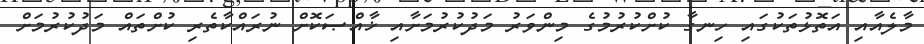
މާލެއާއި އަތޮޅުތަކުގައި ހިނގާ ކުށްކުރުމުގެ މިންވަރު މަދުކުރުމަށާއި ޚާއްޞަކޮށް ނުރައްކާތެރި ކުށްތައް މަދުކުރުމަށް